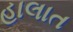
હાલાત